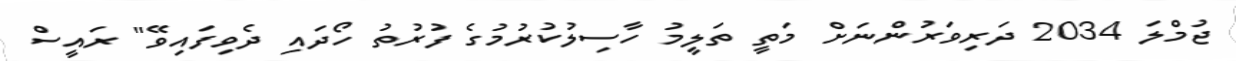
ޖުމްލަ 2034 ދަރިވަރުންނަށް މަތީ ތަލީމު ހާސިލުކުރުމުގެ ފުރުތު ހޯދައި ދެވިފައިވޭ" ރައީސް